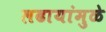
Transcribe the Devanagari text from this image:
लढायांमुळे